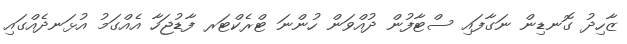
ޒާހިދު ގޮނޑިން ނަގާފައި ސްޓާފުން ދުއްވަން ހުންނަ ޓްރެކްޓަރ ފާޑުޖަހާ އެއްގަމު އުޅަނދެއްގައި